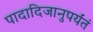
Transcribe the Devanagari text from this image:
पादादिजानुपर्यंतं